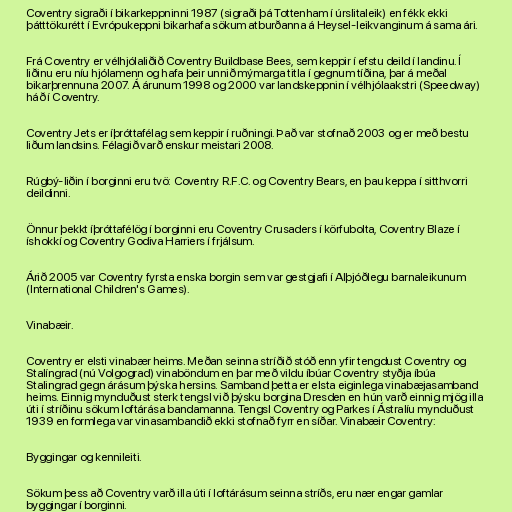
Coventry sigraði í bikarkeppninni 1987 (sigraði þá Tottenham í úrslitaleik) en fékk ekki
þátttökurétt í Evrópukeppni bikarhafa sökum atburðanna á Heysel-leikvanginum á sama ári.

Frá Coventry er vélhjólaliðið Coventry Buildbase Bees, sem keppir í efstu deild í landinu. Í
liðinu eru níu hjólamenn og hafa þeir unnið mýmarga titla í gegnum tíðina, þar á meðal
bikarþrennuna 2007. Á árunum 1998 og 2000 var landskeppnin í vélhjólaakstri (Speedway)
háð í Coventry.

Coventry Jets er íþróttafélag sem keppir í ruðningi. Það var stofnað 2003 og er með bestu
liðum landsins. Félagið varð enskur meistari 2008.

Rúgbý-liðin í borginni eru tvö: Coventry R.F.C. og Coventry Bears, en þau keppa í sitthvorri
deildinni.

Önnur þekkt íþróttafélög í borginni eru Coventry Crusaders í körfubolta, Coventry Blaze í
íshokkí og Coventry Godiva Harriers í frjálsum.

Árið 2005 var Coventry fyrsta enska borgin sem var gestgjafi í Alþjóðlegu barnaleikunum
(International Children's Games).

Vinabæir.

Coventry er elsti vinabær heims. Meðan seinna stríðið stóð enn yfir tengdust Coventry og
Stalíngrad (nú Volgograd) vinaböndum en þar með vildu íbúar Coventry styðja íbúa
Stalingrad gegn árásum þýska hersins. Samband þetta er elsta eiginlega vinabæjasamband
heims. Einnig mynduðust sterk tengsl við þýsku borgina Dresden en hún varð einnig mjög illa
úti í stríðinu sökum loftárása bandamanna. Tengsl Coventry og Parkes í Ástralíu mynduðust
1939 en formlega var vinasambandið ekki stofnað fyrr en síðar. Vinabæir Coventry:

Byggingar og kennileiti.

Sökum þess að Coventry varð illa úti í loftárásum seinna stríðs, eru nær engar gamlar
byggingar í borginni.